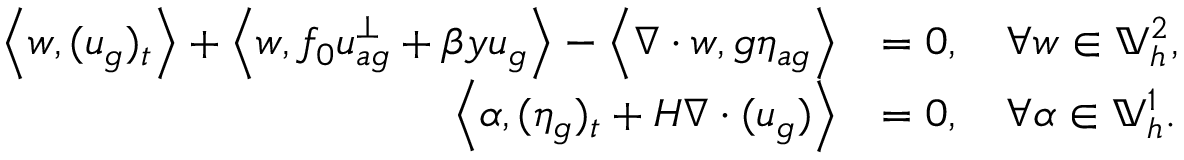
\begin{array} { r l } { \left\langle w , ( u _ { g } ) _ { t } \right\rangle + \left\langle w , f _ { 0 } u _ { a g } ^ { \perp } + \beta y u _ { g } \right\rangle - \left\langle \nabla \cdot w , g \eta _ { a g } \right\rangle } & { = 0 , \quad \forall w \in \mathbb { V } _ { h } ^ { 2 } , } \\ { \left\langle \alpha , ( \eta _ { g } ) _ { t } + H \nabla \cdot ( u _ { g } ) \right\rangle } & { = 0 , \quad \forall \alpha \in \mathbb { V } _ { h } ^ { 1 } . } \end{array}